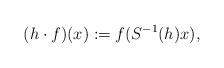
LaTeX: \begin{align*}(h\cdot f)(x):=f(S^{-1}(h)x),\end{align*}